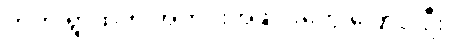
ကဲကဲ ရွာထဲက အတင်းအဖျင်းတွေ ပြောပါဦး